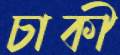
চাকী